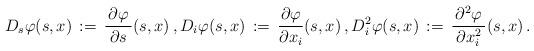
LaTeX: \begin{align*}D_{s} \varphi (s, x) \, :=\, \frac{\,\partial \varphi \,}{\, \partial s\,} (s, x) \, , D_{i} \varphi (s, x)\, :=\, \frac{\partial \varphi }{\partial x_{i}} (s, x) \, , D_{i}^{2} \varphi (s, x) \, :=\, \frac{\,\partial^{2} \varphi \,}{\,\partial x_{i}^{2}\,}(s, x) \, . \end{align*}